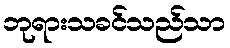
ဘုရားသခင်သည်သာ